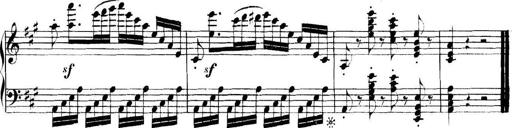
Title: Collected Piano Sonatas
Composer: Muzio Clementi